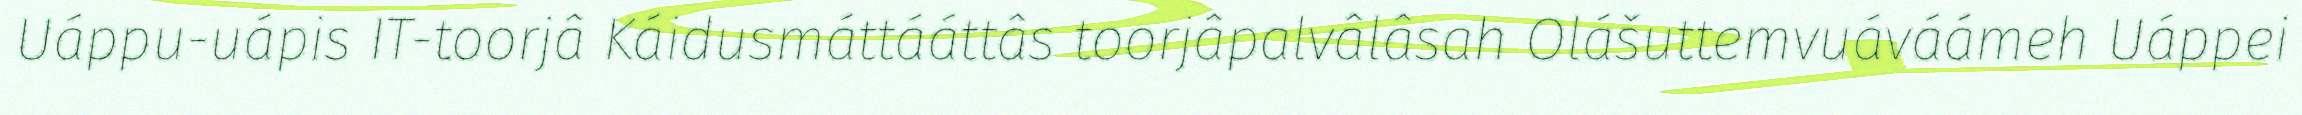
Uáppu-uápis IT-toorjâ Káidusmáttááttâs toorjâpalvâlâsah Olášuttemvuáváámeh Uáppei